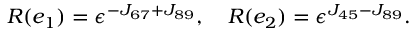
R ( e _ { 1 } ) = \epsilon ^ { - J _ { 6 7 } + J _ { 8 9 } } , \quad R ( e _ { 2 } ) = \epsilon ^ { J _ { 4 5 } - J _ { 8 9 } } .